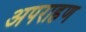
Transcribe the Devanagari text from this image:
अपराहण